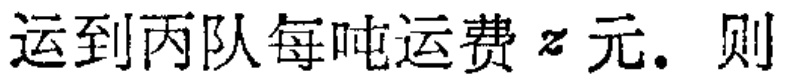
运到丙队每吨运费\(z\)元. 则